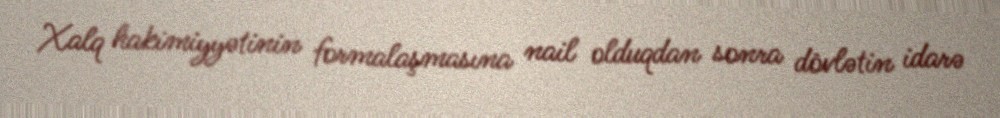
Xalq hakimiyyətinin formalaşmasına nail olduqdan sonra dövlətin idarə